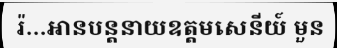
រ៉...អានបន្តនាយឧត្តមសេនីយ៍ មួន